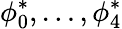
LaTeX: \phi_{0}^{*},\dots,\phi_{4}^{*}